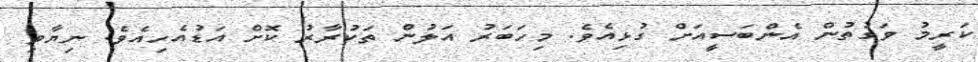
ކަރީމު ވަގުތުން އެންބަސީއަށް ގުޅިއެވެ. މިހަބަރު އަލުން ތަކުރާރު ކޮށް އަޑުއެހިއެވެ. ނިޔާވި